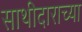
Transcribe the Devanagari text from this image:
साथीदाराच्या